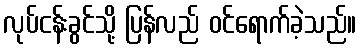
လုပ်ငန်းခွင်သို့ ပြန်လည် ဝင်ရောက်ခဲ့သည်။